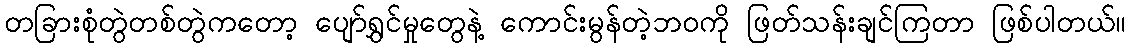
တခြားစုံတွဲတစ်တွဲကတော့ ပျော်ရွှင်မှုတွေနဲ့ ကောင်းမွန်တဲ့ဘဝကို ဖြတ်သန်းချင်ကြတာ ဖြစ်ပါတယ်။